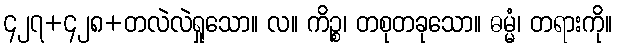
၄၂၇+၄၂၈+တလဲလဲရှုသော။ လ။ ကိဉ္စ၊ တစုတခုသော။ ဓမ္မံ၊ တရားကို။